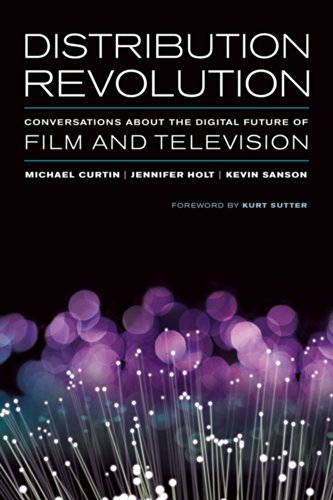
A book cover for Distribution Revolution: Conversations about the Digital Future of Film and Television; Humor & Entertainment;